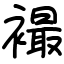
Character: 襊